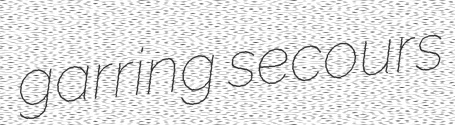
garring secours